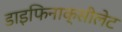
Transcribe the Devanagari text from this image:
डाइफिनाक्सीलेट